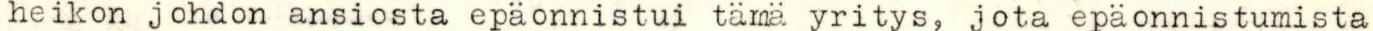
heikon johdon ansiosta epäonnistui tämä yritys, jota epäonnistumista